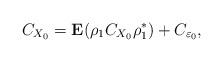
LaTeX: \begin{align*}C_{X_{0}}=\textbf{E}(\rho_{1}C_{X_{0}}\rho_{1}^{*})+C_{\varepsilon_{0}},\end{align*}